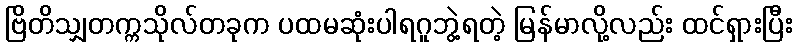
ဗြိတိသျှတက္ကသိုလ်တခုက ပထမဆုံးပါရဂူဘွဲ့ရတဲ့ မြန်မာလို့လည်း ထင်ရှားပြီး